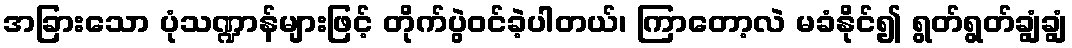
အခြားသော ပုံသဏ္ဍာန်များဖြင့် တိုက်ပွဲဝင်ခဲ့ပါတယ်၊ ကြာတော့လဲ မခံနိုင်၍ ရွတ်ရွတ်ချွံချွံ